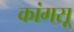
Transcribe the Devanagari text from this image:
कांगसू